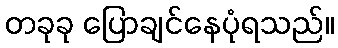
တခုခု ပြောချင်နေပုံရသည်။